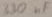
Text: 330µF